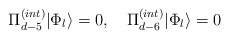
\begin{align*}\Pi^{(int)}_{d-5}|\Phi_l\rangle = 0, \quad \Pi^{(int)}_{d-6}|\Phi_l\rangle = 0 \end{align*}